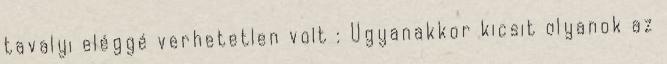
tavalyi eléggé verhetetlen volt : Ugyanakkor kicsit olyanok az